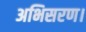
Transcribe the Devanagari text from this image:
अभिसरण।